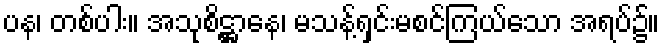
ပန၊ တစ်ပါး။ အသုစိဋ္ဌာနေ၊ မသန့်ရှင်းမစင်ကြယ်သော အရပ်၌။